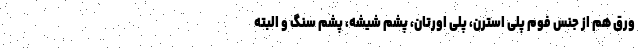
ورق هم از جنس فوم پلی استرن، پلی اورتان، پشم شیشه، پشم سنگ و البته